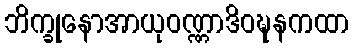
ဘိက္ခုနောအာယုဝဏ္ဏာဒိဝဍ္ဎနကထာ